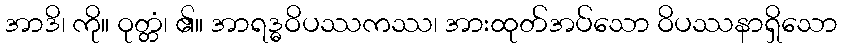
အာဒိ၊ ကို။ ဝုတ္တံ၊ ၏။ အာရဒ္ဓဝိပဿကဿ၊ အားထုတ်အပ်သော ဝိပဿနာရှိသော